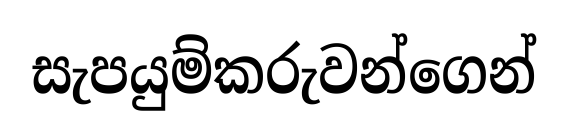
සැපයුම්කරුවන්ගෙන්